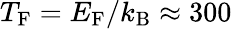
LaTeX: T_{\mathrm{F}}=E_{\mathrm{F}}/k_{\mathrm{B}}\approx 300